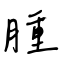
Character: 腫